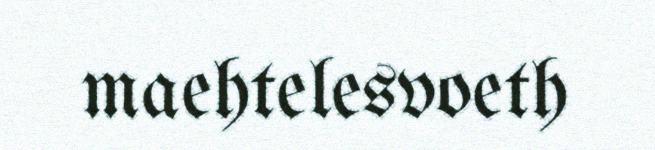
maehtelesvoeth